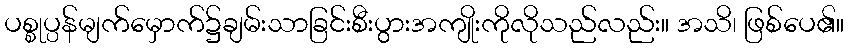
ပစ္စုပ္ပန်မျက်မှောက်၌ချမ်းသာခြင်းစီးပွားအကျိုးကိုလိုသည်လည်း။ အသိ၊ ဖြစ်ပေ၏။